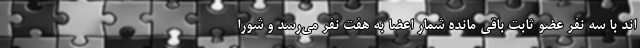
اند با سه نفر عضو ثابت باقی مانده شمار اعضا به هفت نفر می‌رسد و شورا